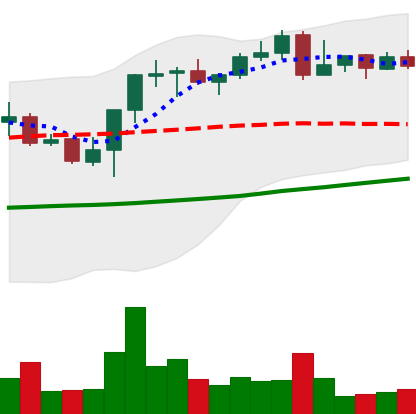
Ticker: BNB-USD
Chart end date: 2021-10-26
Forward return: 9.694%
Label: up_7plus